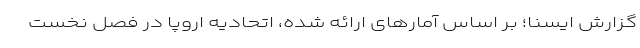
گزارش ایسنا؛ بر اساس آمارهای ارائه شده، اتحادیه اروپا در فصل نخست